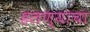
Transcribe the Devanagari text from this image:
हलण्याचा